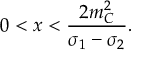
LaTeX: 0 < x < \frac { 2 m _ { C } ^ { 2 } } { \sigma _ { 1 } - \sigma _ { 2 } } .